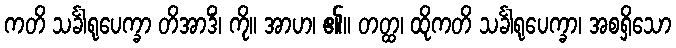
ကတိ သင်္ခါရုပေက္ခာ တိအာဒိံ၊ ကို။ အာဟ၊ ၏။ တတ္ထ၊ ထိုကတိ သင်္ခါရုပေက္ခာ၊ အစရှိသော